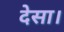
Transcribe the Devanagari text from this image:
देसा।